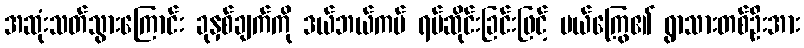
အဆုံးသတ်သွားကြောင်း ခုနှစ်ချက်ကို ဒယ်ဘယ်ကပ် ရပ်ဆိုင်းခြင်းဖြင့် မယ်ကြွေ၏ ရွာသားတစ်ဦးအား